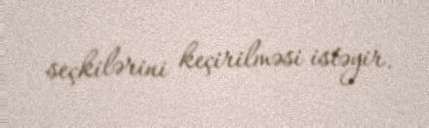
seçkilərini keçirilməsi istəyir.